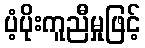
ပံ့ပိုးကူညီမှုဖြင့်